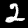
Label: 2